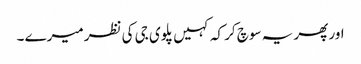
اور پھر یہ سوچ کر کہ کہیں پلوی جی کی نظر میرے ۔